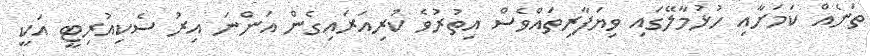
ތަނެއް ކަމަށާއި ހުޅުމާލޭގައި ވިޔަފާރިތައްވެސް އިތުރުވެ ކުރިއަރައިގެން އަންނަ އިރު ސެކިއުރިޓީ އަކީ